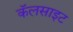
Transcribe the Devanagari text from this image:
कॅलसाइट